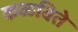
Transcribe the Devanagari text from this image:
कळविते